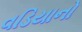
વડિયાનો